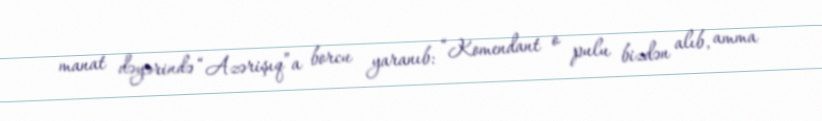
manat dəyərində “Azərişıq”a borcu yaranıb: “Komendant o pulu bizdən alıb, amma